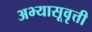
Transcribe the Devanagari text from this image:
अभ्यासूवृत्ती